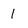
Character: 1